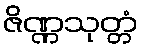
ဇိဏ္ဏသုတ္တံ